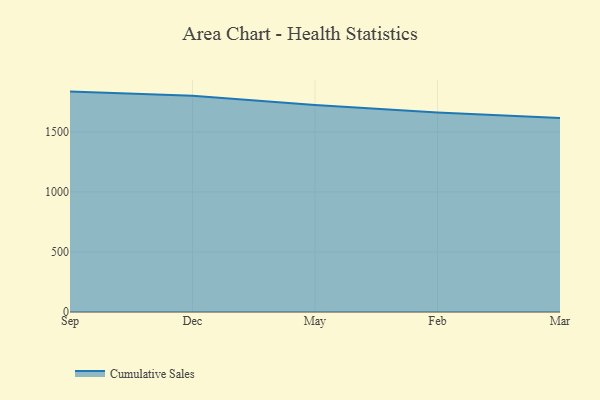
{"axis": {"x": "Month", "y": "Page Views"}, "legend": ["Cumulative Sales"], "data": [{"x": "Sep", "y": 1836.0, "type": "Cumulative Sales"}, {"x": "Dec", "y": 1801.0, "type": "Cumulative Sales"}, {"x": "May", "y": 1723.8, "type": "Cumulative Sales"}, {"x": "Feb", "y": 1661.3, "type": "Cumulative Sales"}, {"x": "Mar", "y": 1616.0, "type": "Cumulative Sales"}]}